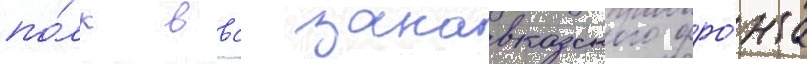
по́лк ввс закавказского фро́нта